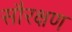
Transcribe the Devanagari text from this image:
सौरक्षण